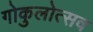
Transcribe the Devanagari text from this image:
गोकुलोत्सव